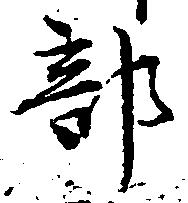
部